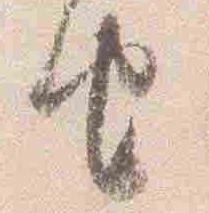
由